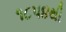
૧૮૫૪થી